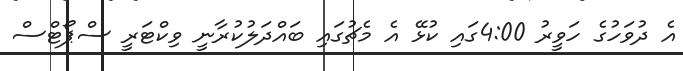
އެ ދުވަހުގެ ހަވީރު 4:00ގައި ކުޅޭ އެ މެޗުގައި ބައްދަލުކުރާނީ ވިކްޓަރީ ސްޕޯޓްސް